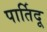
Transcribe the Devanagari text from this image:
पार्तिदू